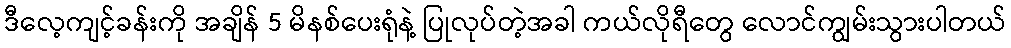
ဒီလေ့ကျင့်ခန်းကို အချိန် 5 မိနစ်ပေးရုံနဲ့ ပြုလုပ်တဲ့အခါ ကယ်လိုရီတွေ လောင်ကျွမ်းသွားပါတယ်